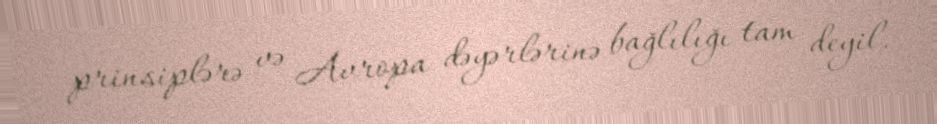
prinsiplərə və Avropa dəyərlərinə bağlılığı tam deyil.